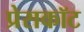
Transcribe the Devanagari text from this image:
प्रेसकॉट